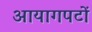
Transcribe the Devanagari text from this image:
आयागपटों